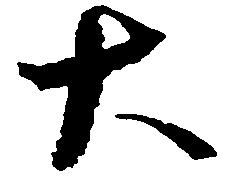
大